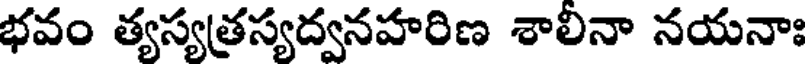
భవం త్యస్యత్రస్యద్వనహరిణ శాలినా నయనాః